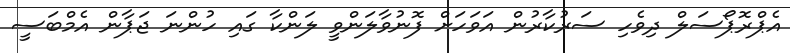
އެޕްރޮޕޯސަލް ދިވެހި ސަރުކާރުން އަވަހަށް ފޮނުވާލަންވީ ލަންކާ ގައި ހުންނަ ޖަޕާން އެމްބަސީ